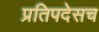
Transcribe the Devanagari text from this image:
प्रतिपदेसच